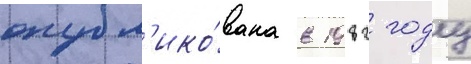
опубл'ико́вана в 1982 году